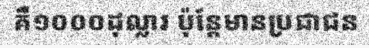
គឺ១០០០ដុល្លារ ប៉ុន្តែមានប្រជាជន